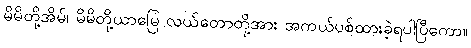
မိမိတို့အိမ်၊ မိမိတို့ယာမြေ လယ်တောတို့အား အကယ်ပစ်ထားခဲ့ရပါပြီကော။